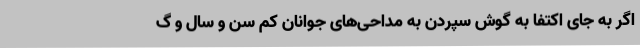
اگر به جای اکتفا به گوش سپردن به مداحی‌های جوانان کم سن و سال و گ